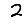
Digit: 2